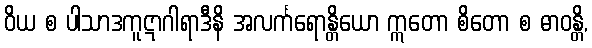
ဝိယ စ ပါသာဒကူဋာဂါရာဒီနိ အလင်္ကရောန္တိယော ဣတော စိတော စ ဓာဝန္တိ,